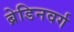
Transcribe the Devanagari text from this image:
ब्रेडिनवर्ग